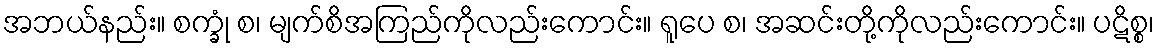
အဘယ်နည်း။ စက္ခုံ စ၊ မျက်စိအကြည်ကိုလည်းကောင်း။ ရူပေ စ၊ အဆင်းတို့ကိုလည်းကောင်း။ ပဋိစ္စ၊